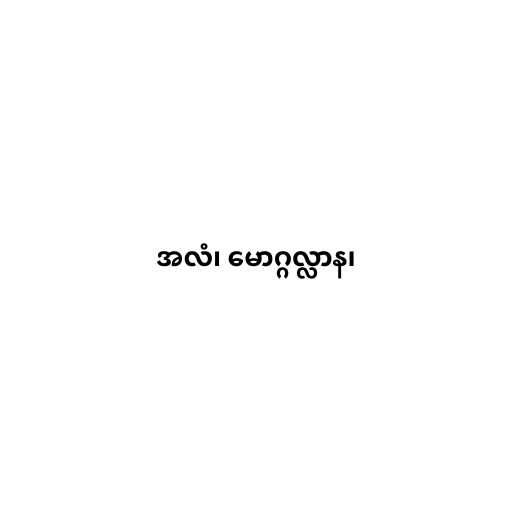
အလံ၊ မောဂ္ဂလ္လာန၊